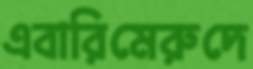
এবারিমেরুদে